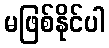
မဖြစ်နိုင်ပါ